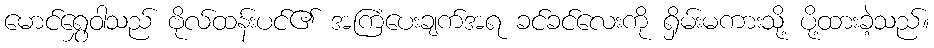
မောင်ရွှေဝါသည် ဗိုလ်ထန်းပင်၏ အကြံပေးချက်အရ ခင်ခင်လေးကို ရှိမ်းမကားသို့ ပို့ထားခဲ့သည်။